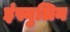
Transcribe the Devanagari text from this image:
इंस्युलिन